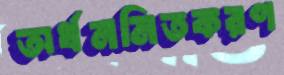
অর্ধনমিতকরণ